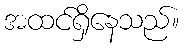
အထင်ရှိနေသည်။